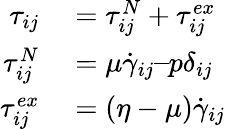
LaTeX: \begin{array}{rl}{\tau_{ij}}&{{}=\tau_{ij}^{N}+\tau_{ij}^{ex}}\\ {\tau_{ij}^{N}}&{{}=\mu\dot{\gamma}_{ij}–p\delta_{ij}}\\ {\tau_{ij}^{ex}}&{{}=(\eta-\mu)\dot{\gamma}_{ij}}\end{array}